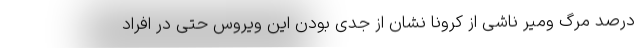
درصد مرگ ومیر ناشی از کرونا نشان از جدی بودن این ویروس حتی در افراد